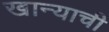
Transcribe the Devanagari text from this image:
खान्याची